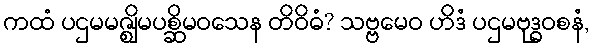
ကထံ ပဌမမဇ္ဈိမပစ္ဆိမဝသေန တိဝိဓံ? သဗ္ဗမေဝ ဟိဒံ ပဌမဗုဒ္ဓဝစနံ,